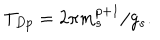
T _ { D p } = 2 \pi { m _ { s } ^ { p + 1 } } / { g _ { s } } .